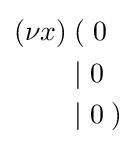
{\begin{aligned}(\nu x)&\;(\;0\\&\;|\;0\\&\;|\;0\;)\end{aligned}}